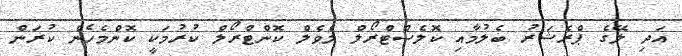
އަދި ލޭގެ ޕްރެޝަރު ބެލުމާއި ކޮލެސްޓްރޯލް ލެވެލް ކޮންޓްރޯލް ކުރުމަކީ ކޮންމެހެން ކުރަން